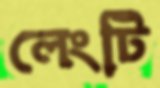
লেংটি